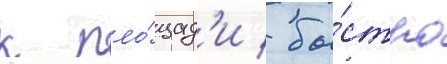
к пло́щад'и / бы́стро